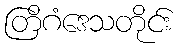
တြိဂံဒေသတိုင်း